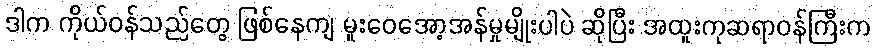
ဒါက ကိုယ်ဝန်သည်တွေ ဖြစ်နေကျ မူးဝေအော့အန်မှုမျိုးပါပဲ ဆိုပြီး အထူးကုဆရာဝန်ကြီးက